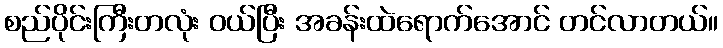
စည်ပိုင်းကြီးတလုံး ဝယ်ပြီး အခန်းထဲရောက်အောင် တင်လာတယ်။